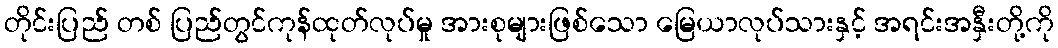
တိုင်းပြည် တစ် ပြည်တွင်ကုန်ထုတ်လုပ်မှု အားစုများဖြစ်သော မြေယာလုပ်သားနှင့် အရင်းအနှီးတို့ကို